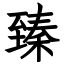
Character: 臻